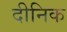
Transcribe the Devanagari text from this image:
दीनिक